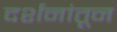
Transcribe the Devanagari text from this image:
दर्शनांतून